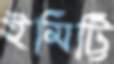
ইমিট্টি